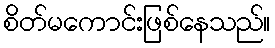
စိတ်မကောင်းဖြစ်နေသည်။